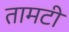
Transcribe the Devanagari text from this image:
तामटी